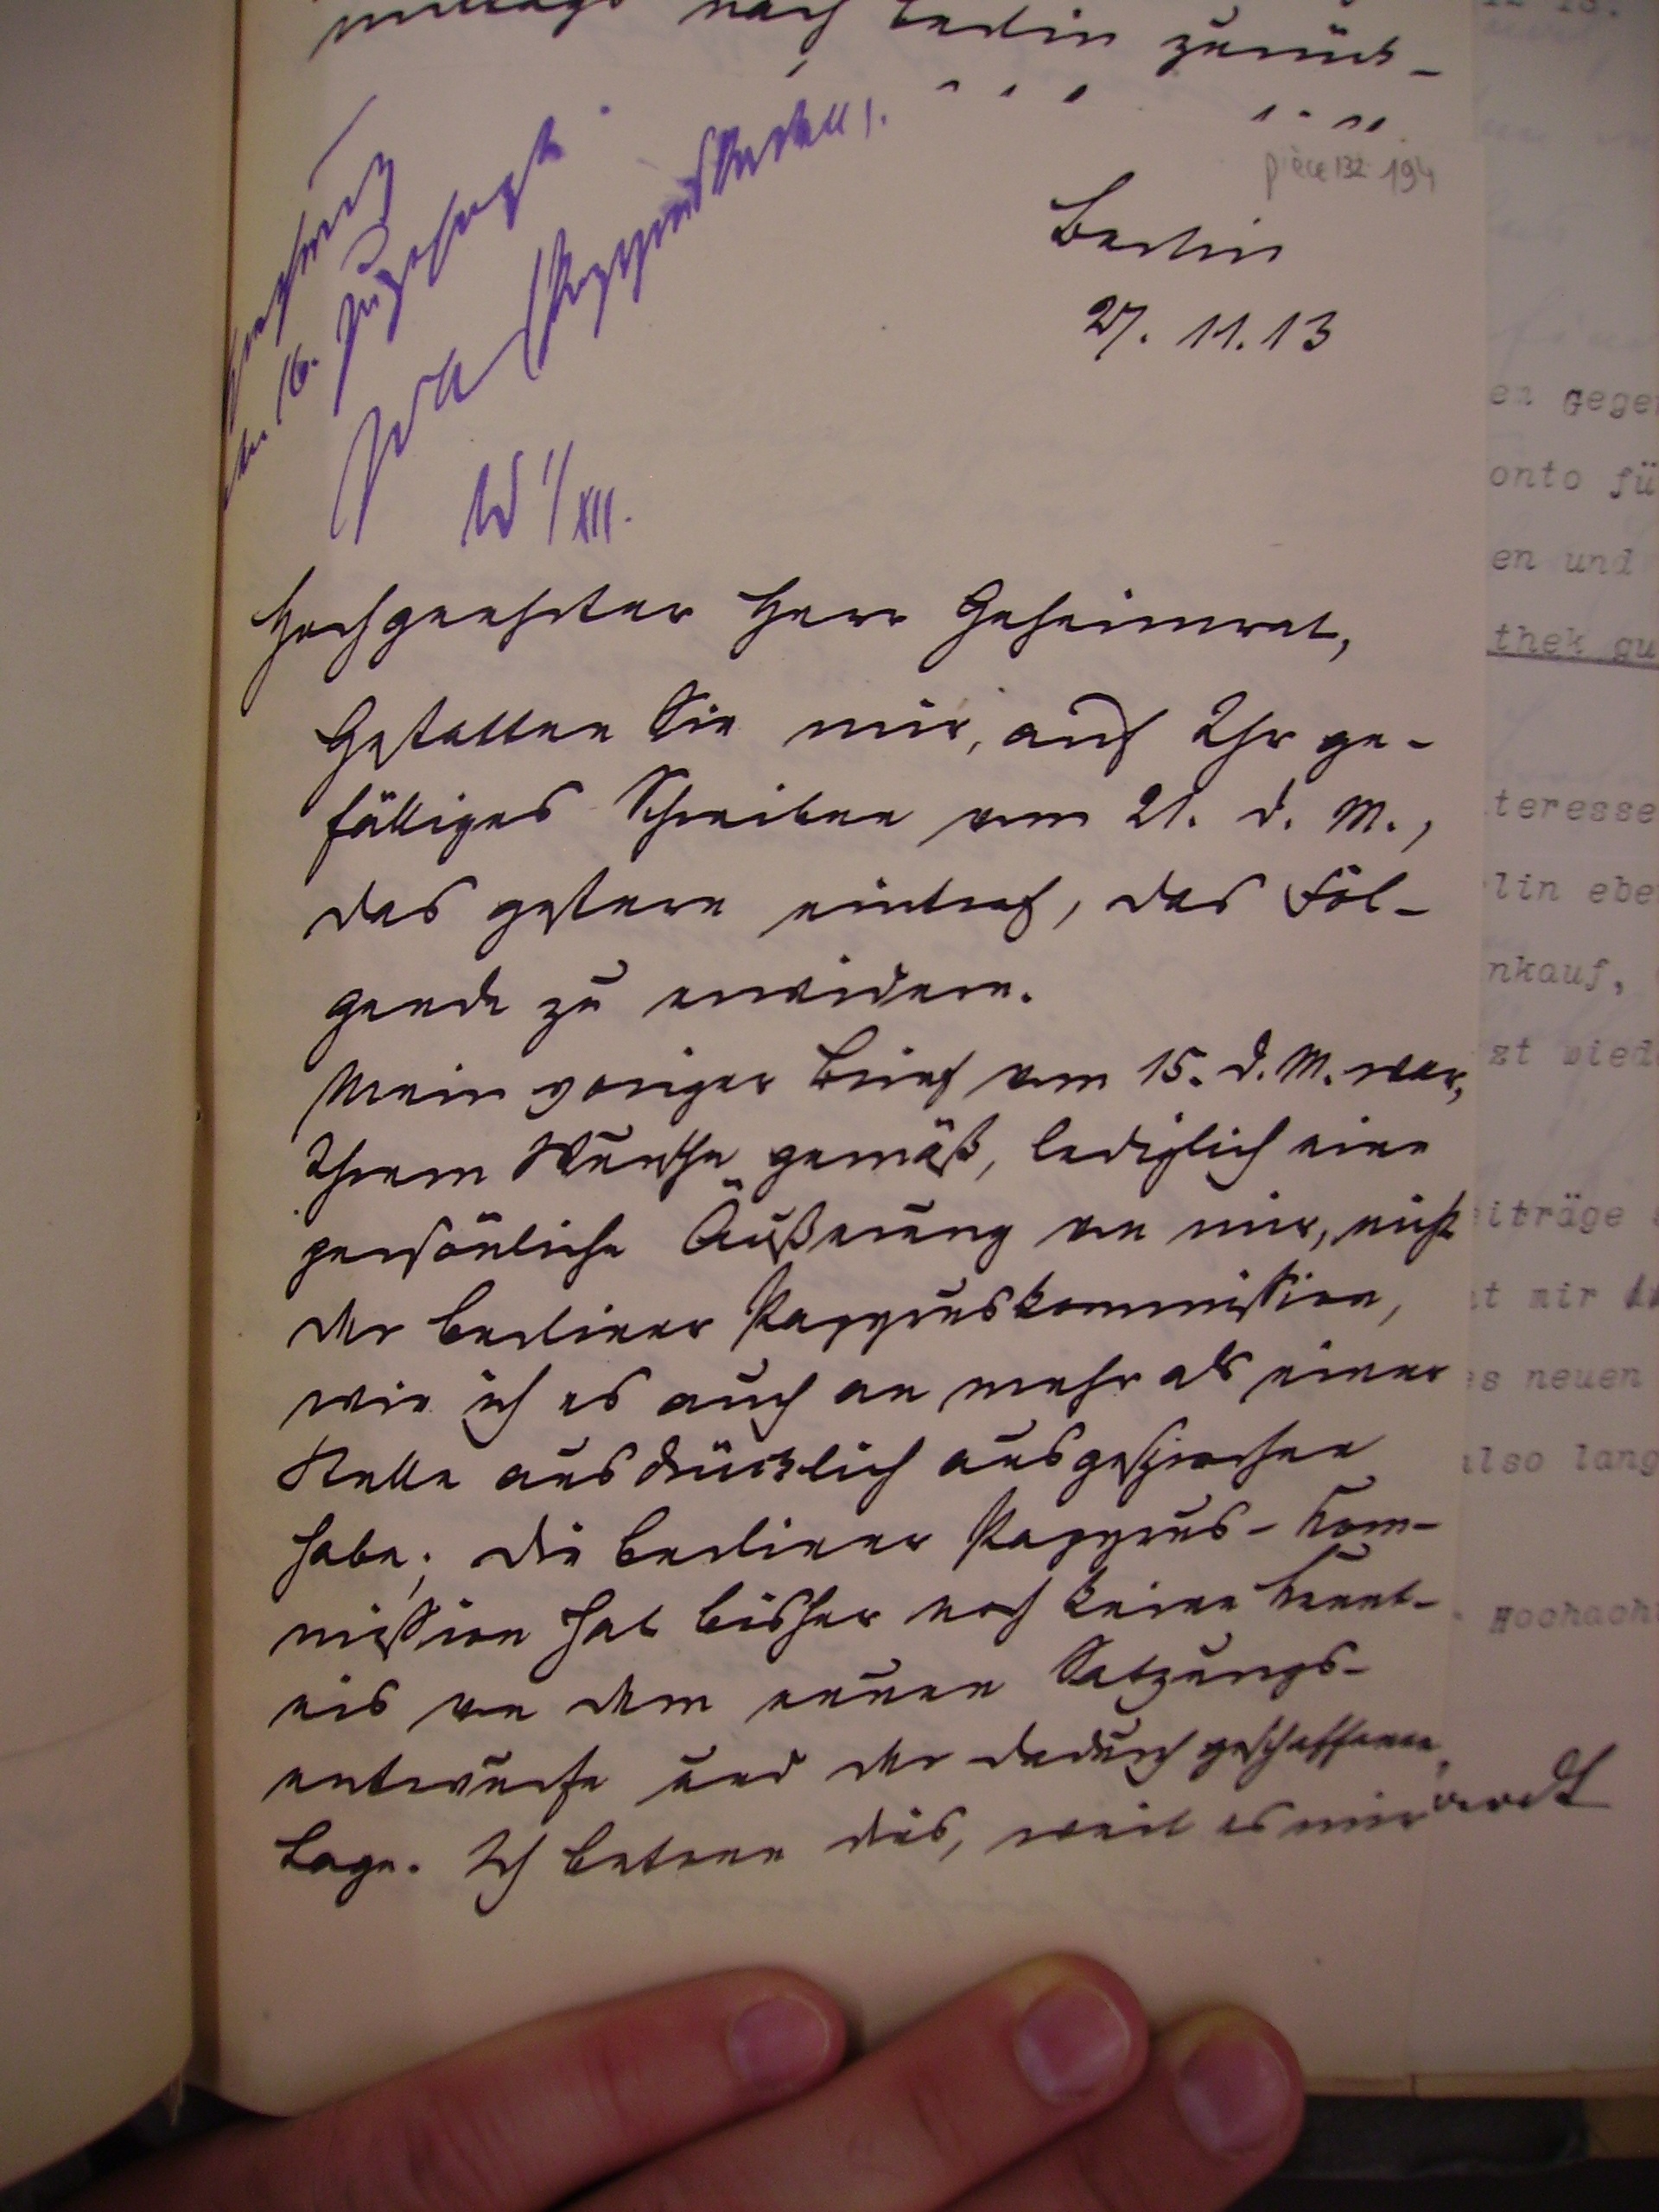
Berlin
27.11.13

Hochgeehrter Herr Geheimrat,
Gestatten sie mir, auf Ihr ge¬
fälliges Schreiben vom 21.d.m.,
das gestern eintrag, das fol¬
gende zu erwidern.
Mein voriger Brief vom 15.d.m. war,
Ihrem Wunsche gemäß, lediglich eine
persönliche Äußerung von mir, nicht
der berliner Papyruskommißion,
wie ich es auch an mehr als einer
Stelle ausdrücklich ausgesprochen
habe; die berliner Papyrus-Kom¬
mißion hat bisher noch keine Kennt¬
nis von dem neuen Satzungs¬
entwurfe und der dadurch geschaffenen
Lage. Ich betone das, weil es mir